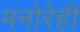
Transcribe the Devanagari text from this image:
मनोरेही